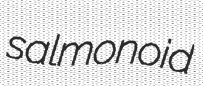
salmonoid